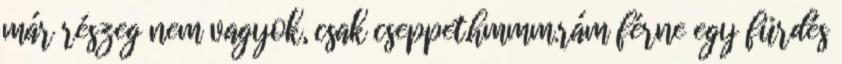
már részeg nem vagyok, csak cseppet.hmmm.rám férne egy fürdés